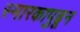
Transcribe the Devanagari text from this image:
स्मारकापुढून